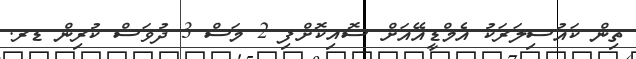
ތިން ކައުސިލަރަކު އެމްޑީއޭއަށް ސޮއިކޮށްފި 2 މަސް 3 ދުވަސް ކުރިން ޑރ.